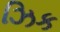
ઝિક